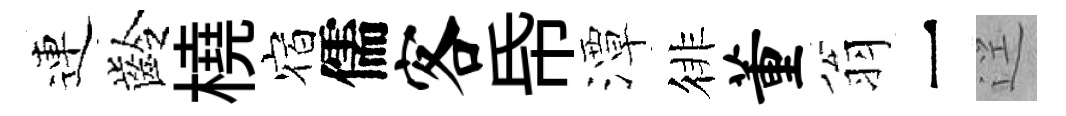
連齡橈宿儒客帋潭徘董翁一逕